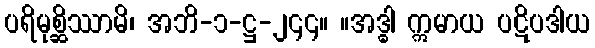
ပရိမုစ္ဆိဿာမိ၊ အဘိ-၁-ဋ္ဌ-၂၄၄။ ။အဒ္ဓါ ဣမာယ ပဋိပဒါယ